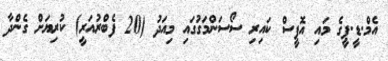
އެމް.ޑީ.ޕީގެ މައި އޮފީސް ކައިރި ސޯސަންމަގުގައި މިއަދު (20 ފެބްރުއަރީ) ކުރިޔަށް ގެންދާ